Civil Veterinary Dept. Assam report 1927-50 - 1927-1950
Year: 1927
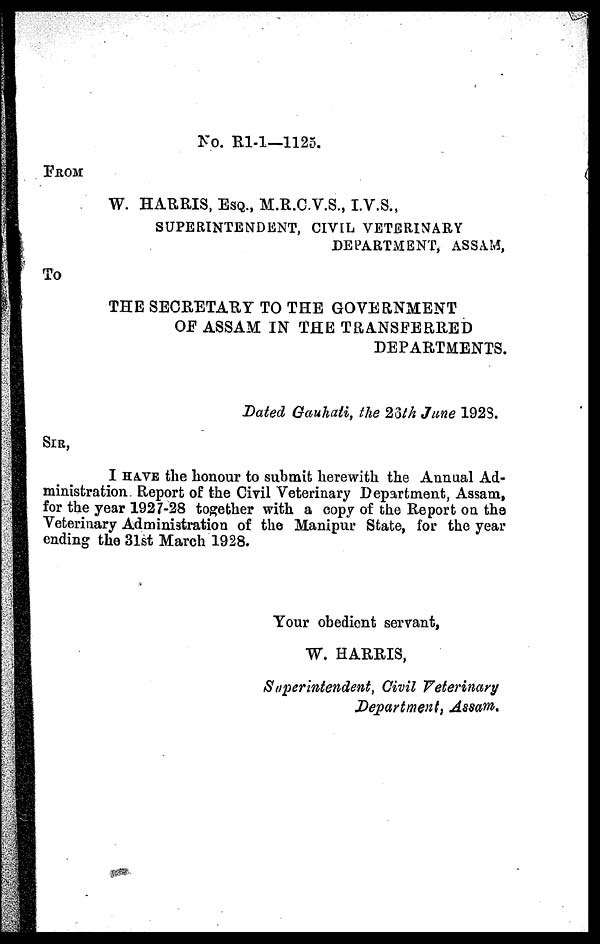
No. R1-1—1125.
FROM
W. HARRIS, ESQ., M.R.C.V.S., I.V.S.,
SUPERINTENDENT, CIVIL VETERINARY
DEPARTMENT, ASSAM,
To
THE SECRETARY TO THE GOVERNMENT
OF ASSAM IN THE TRANSFERRED
DEPARTMENTS.
Dated Gauhati, the 26th June 1923.
SIR,
I HAVE the honour to submit herewith the Annual Ad-
ministration. Report of the Civil Veterinary Department, Assam,
for the year 1927-28 together with a copy of the Report on the
Veterinary Administration of the Manipur State, for the year
ending the 31st March 1928.
Your obedient servant,
W. HARRIS,
Superintendent, Civil Veterinary
Department, Assam.